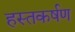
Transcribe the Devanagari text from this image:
हस्तकर्षण